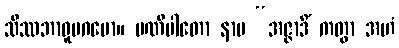
သိဿဘာဝူပဂမော။ ပဏိပါတော နာမ “အဇ္ဇာဒိံ ကတွာ အဟံ